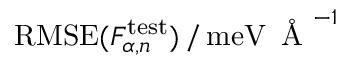
\mathrm { R M S E } ( F _ { \alpha , n } ^ { \mathrm { t e s t } } ) \, / \, \mathrm { m e V } \, \mathrm { ~ \AA ~ } ^ { - 1 }